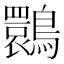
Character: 䴉